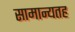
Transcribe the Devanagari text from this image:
सामान्यतह